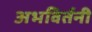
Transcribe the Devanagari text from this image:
अभविर्तनी